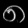
Digit: ၈